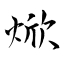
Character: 焮